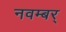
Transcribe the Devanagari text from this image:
नवम्बर्